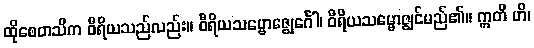
ထိုစေတသိက ဝီရိယသည်လည်း။ ဝီရိယသမ္ဗောဇ္ဈေင်္ဂေါ၊ ဝီရိယသမ္ဗောဇ္ဈင်မည်၏။ ဣတိ ဟိ၊